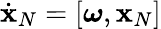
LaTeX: \dot{\mathbf x}_{N}=[\boldsymbol{\omega},{\mathbf x}_{N}]